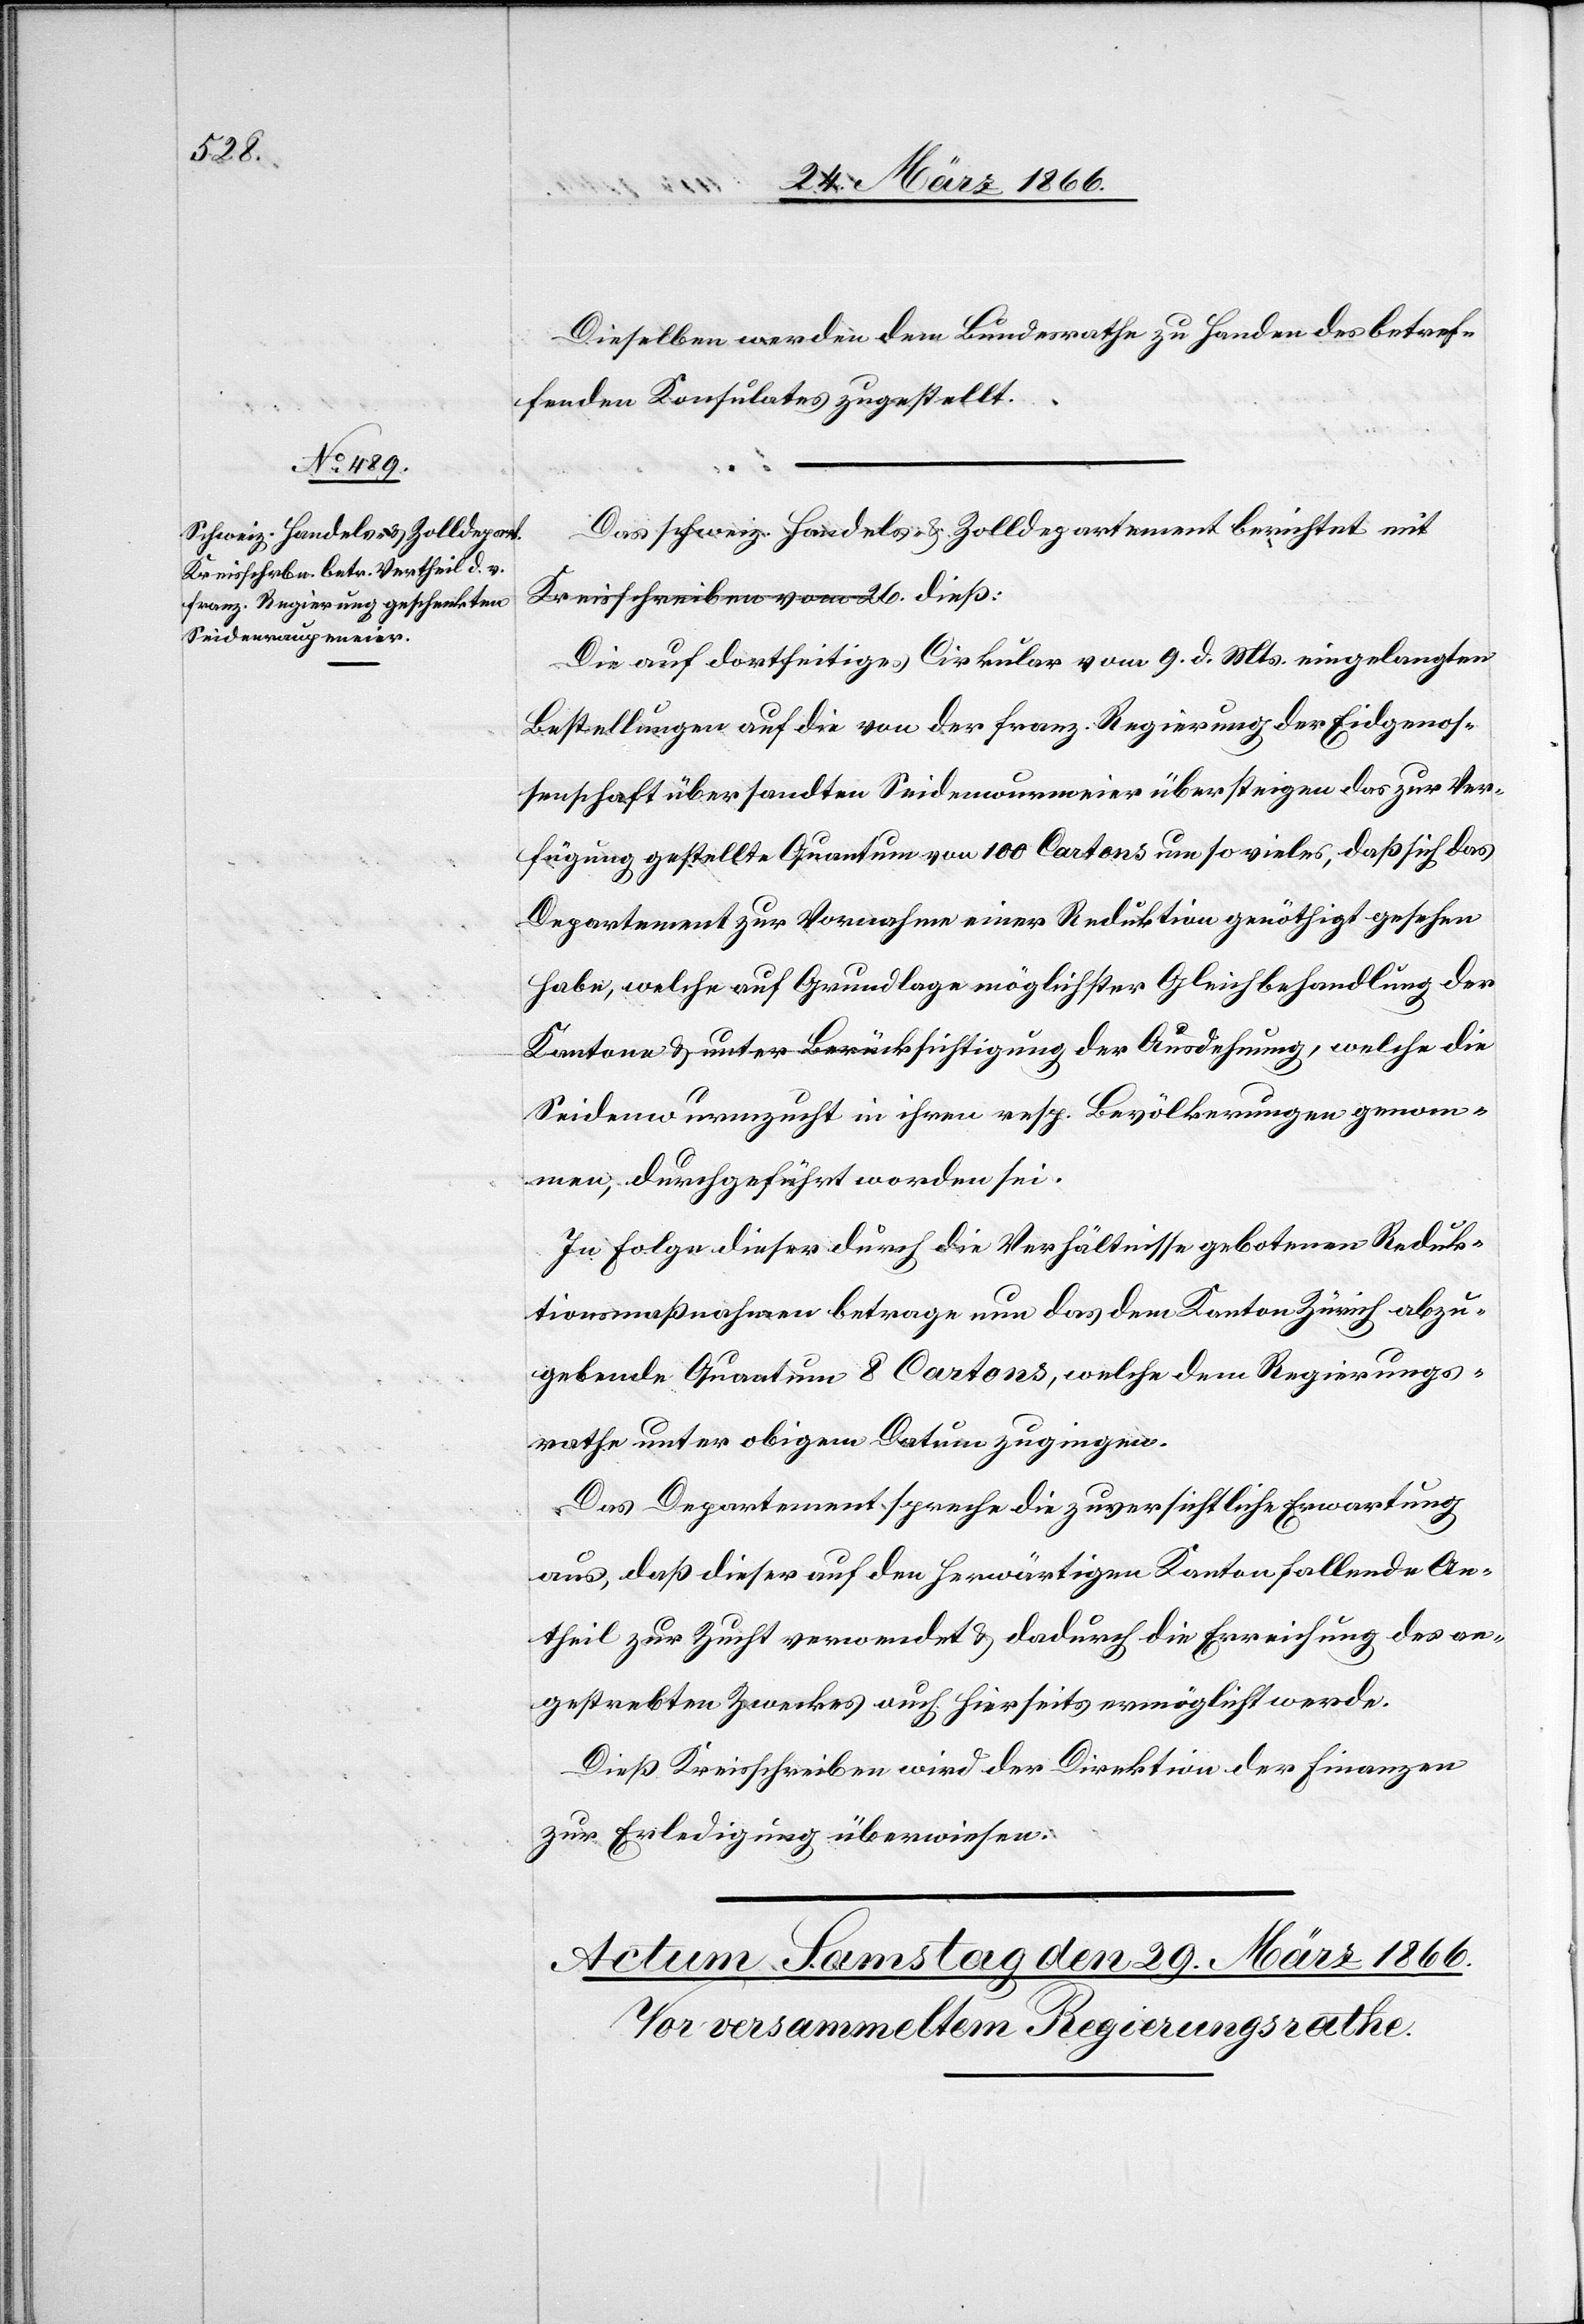
28. März 1866.]
Dieselben werden dem Bundesrathe zu Handen des betref¬
fenden Konsulates zugestellt.
Das schweiz. Handels- u. Zolldepartement berichtet mit
Kreisschreiben vom 26. dieß:
Die auf dortseitiges Cirkular vom 9. d. Mts. eingelangten
Bestellungen auf die von der fanz. Regierung der Eidgenos¬
senschaft übersandten Seidenwurmeier übersteigen das zur Ver¬
fügung gestellte Quantum von 100 Cartons um so vieles, daß sich das
Departement zur Vornahme einer Reduktion genöthigt gesehen
habe, welche auf Grundlage möglichster Gleichbehandlung der
Kantone u. unter Berücksichtigung der Ausdehnung, welche die
Seidenwurmzucht in ihren resp. Bevölkerungen genom¬
men, durchgeführt worden sei.
In Folge dieser durch die Verhältnisse gebotenen Reduk¬
tionsmaßnahmen betrage nun das dem Kanton Zürich abzu¬
gebende Quantum 8 Cartons, welche dem Regierungs¬
rathe unter obigem Datum zugingen.
Das Departement spreche die zuversichtliche Erwartung
aus, daß dieser auf den herwärtigen Kanton fallende An¬
theil zur Zucht verwendet u. dadurch die Erreichung des an¬
gestrebten Zweckes auch hierseits ermöglicht werde.
Dieß Kreisschreiben wird der Direktion der Finanzen
zur Erledigung überwiesen.